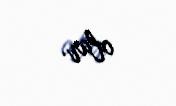
olar.